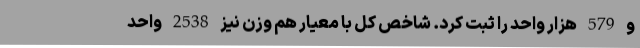
و 579 هزار واحد را ثبت کرد. شاخص کل با معیار هم وزن نیز 2538 واحد